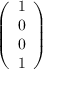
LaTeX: \left( \begin{array} { l } { 1 } \\ { 0 } \\ { 0 } \\ { 1 } \end{array} \right)